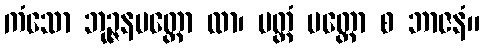
ကံသော ဘုဉ္ဇနပတ္တော ထာ၊ မတ္တံ ပတ္တော စ ဘာဇနံ။